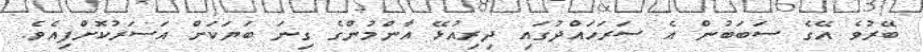
ބޭރުވެ އޭގެ ސަބަބުން އެ ސަރަހައްދުގައި ދިރިއުޅޭ އާންމުންގެ ގިނަ ބަޔަކަށް އަސަރުކޮށްފިއެވެ.